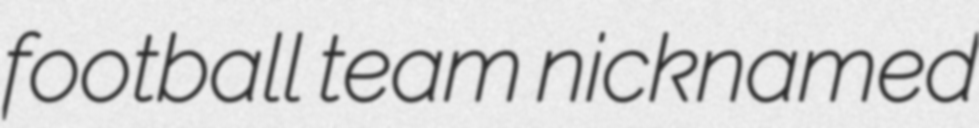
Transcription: football team nicknamed